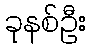
ခုနစ်ဦး